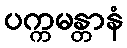
ပက္ကမန္တာနံ